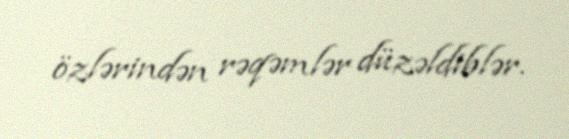
özlərindən rəqəmlər düzəldiblər.